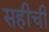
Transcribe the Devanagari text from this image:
सहीची